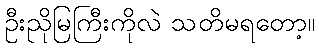
ဦးညိုမြကြီးကိုလဲ သတိမရတော့။